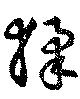
猱